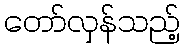
တော်လှန်သည့်